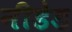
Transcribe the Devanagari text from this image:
नीडेड